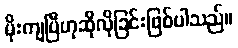
မိုးကျပြီဟုဆိုလိုခြင်းဖြစ်ပါသည်။